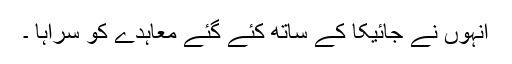
انہوں نے جائیکا کے ساتھ کئے گئے معاہدے کو سراہا ۔